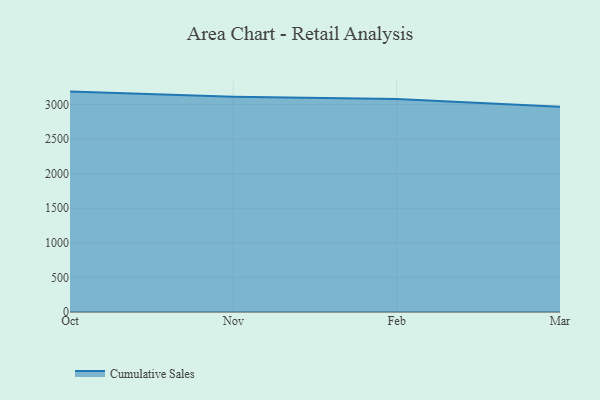
{"axis": {"x": "Month", "y": "Operating Costs (USD K)"}, "legend": ["Cumulative Sales"], "data": [{"x": "Oct", "y": 3186.9, "type": "Cumulative Sales"}, {"x": "Nov", "y": 3113.7, "type": "Cumulative Sales"}, {"x": "Feb", "y": 3080.5, "type": "Cumulative Sales"}, {"x": "Mar", "y": 2968.2, "type": "Cumulative Sales"}]}